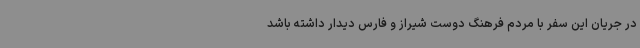
در جریان این سفر با مردم فرهنگ دوست شیراز و فارس دیدار داشته باشد